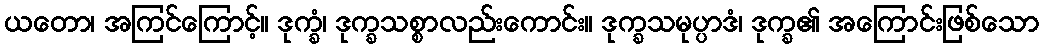
ယတော၊ အကြင်ကြောင့်။ ဒုက္ခံ၊ ဒုက္ခသစ္စာလည်းကောင်း။ ဒုက္ခသမုပ္ပာဒံ၊ ဒုက္ခ၏ အကြောင်းဖြစ်သော